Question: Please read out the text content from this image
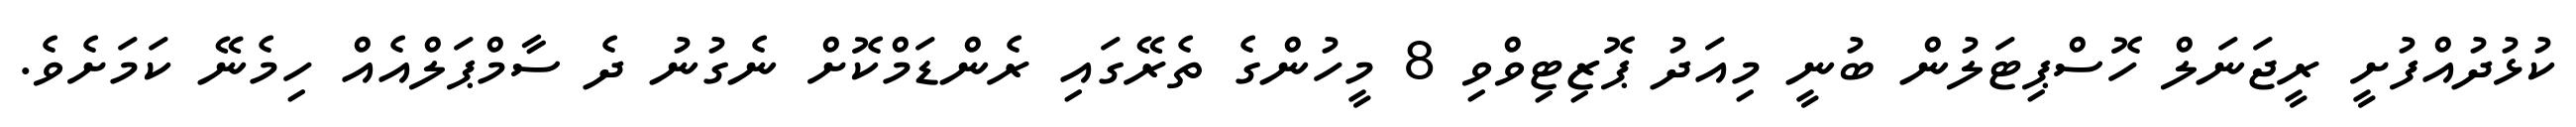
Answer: ކުޅުދުއްފުށީ ރީޖަނަލް ހޮސްޕިޓަލުން ބުނީ މިއަދު ޕޮޒިޓިވްވި 8 މީހުންގެ ތެރޭގައި ރެންޑަމްކޮށް ނެގުނު ދެ ސާމްޕަލްއެއް ހިމެނޭ ކަމަށެވެ.